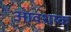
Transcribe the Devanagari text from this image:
आवशय्क